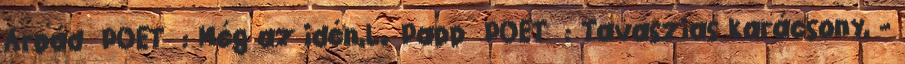
Árpád POET : Még az idén,L. Papp POET : Tavaszias karácsony, -